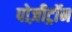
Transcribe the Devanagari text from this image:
पोज़ीट्रॉन